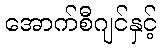
အောက်စီဂျင်နှင့်